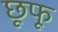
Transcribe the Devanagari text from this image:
छूफू